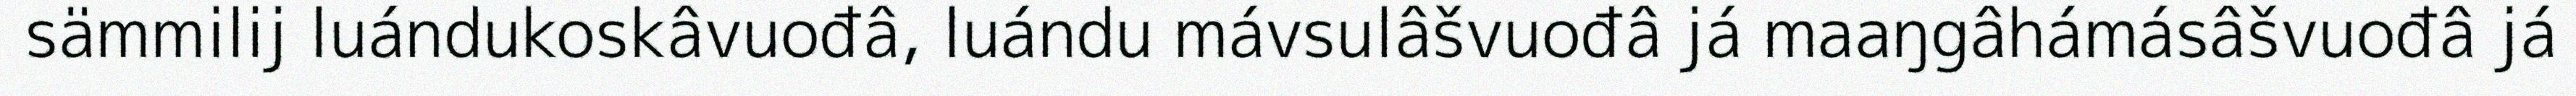
sämmilij luándukoskâvuođâ, luándu mávsulâšvuođâ já maaŋgâhámásâšvuođâ já